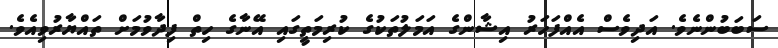
ސަބަބުންނެވެ. އަދިވެސް އެއްފަހަރު އިޝާންގެ އަމަލުތަކުގެ ކުރިމަތީގައި އޭނާގެ ހިތް ފިދާވުމަށް ތައްޔާރުވިއެވެ.